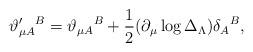
LaTeX: \begin{align*}\vartheta _{\mu A}^{\prime }{}^{B}=\vartheta _{\mu A}{}^{B}+\frac{1}{2}(\partial _{\mu }\log \Delta _{{\small \Lambda }})\delta _{A}{}^{B},\end{align*}